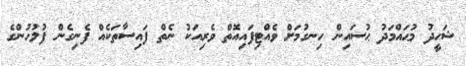
ޝަހީދު މުޙައްމަދު ޙުސައިން ހިނގުމަށް ވެއްޓިފައިއޮތް ވެރިއަކު ނެތް ފައިސާތަކެއް ފެނިގެން ފުލުހުންގެ